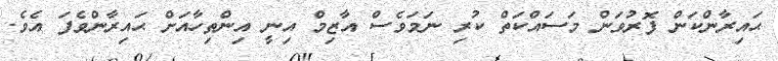
ޙައިރާންކަން ފޮރުވަން މަސައްކަތް ކުރި ނަމަވެސް އާޒިމް އިނީ އިންތިހާއަށް ޙައިރާންވެފަ އެވެ.